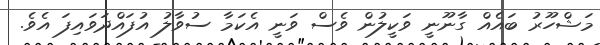
މަޝްހޫރު ބައެއް ގާނޫނީ ވަކީލުން ވެސް ވަނީ އެކަމާ ސުވާލު އުފައްދަވައިފަ އެވެ.